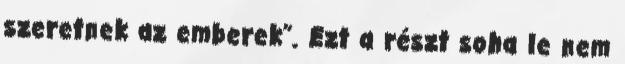
szeretnek az emberek”. Ezt a részt soha le nem